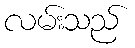
လမ်းသည်